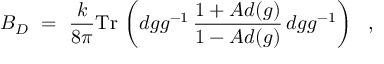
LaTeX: B _ { D } \ = \ \frac { k } { 8 \pi } \mathrm { T r } \, \left( d g g ^ { - 1 } \, \frac { 1 + A d ( g ) } { 1 - A d ( g ) } \, d g g ^ { - 1 } \right) \ \ ,